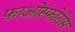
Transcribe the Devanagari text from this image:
फाओस्फोरोस